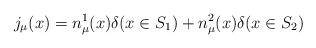
LaTeX: \begin{align*}j_\mu(x)=n^1_\mu(x)\delta(x\in S_1)+n^2_\mu(x)\delta(x\in S_2)\end{align*}